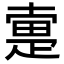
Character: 疐